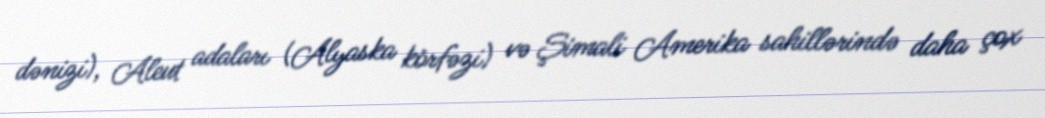
dənizi), Aleut adaları (Alyaska körfəzi) və Şimali Amerika sahillərində daha çox